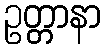
ဥတ္တာနာ